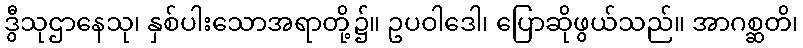
ဒွီသုဌာနေသု၊ နှစ်ပါးသောအရာတို့၌။ ဥပဝါဒေါ၊ ပြောဆိုဖွယ်သည်။ အာဂစ္ဆတိ၊